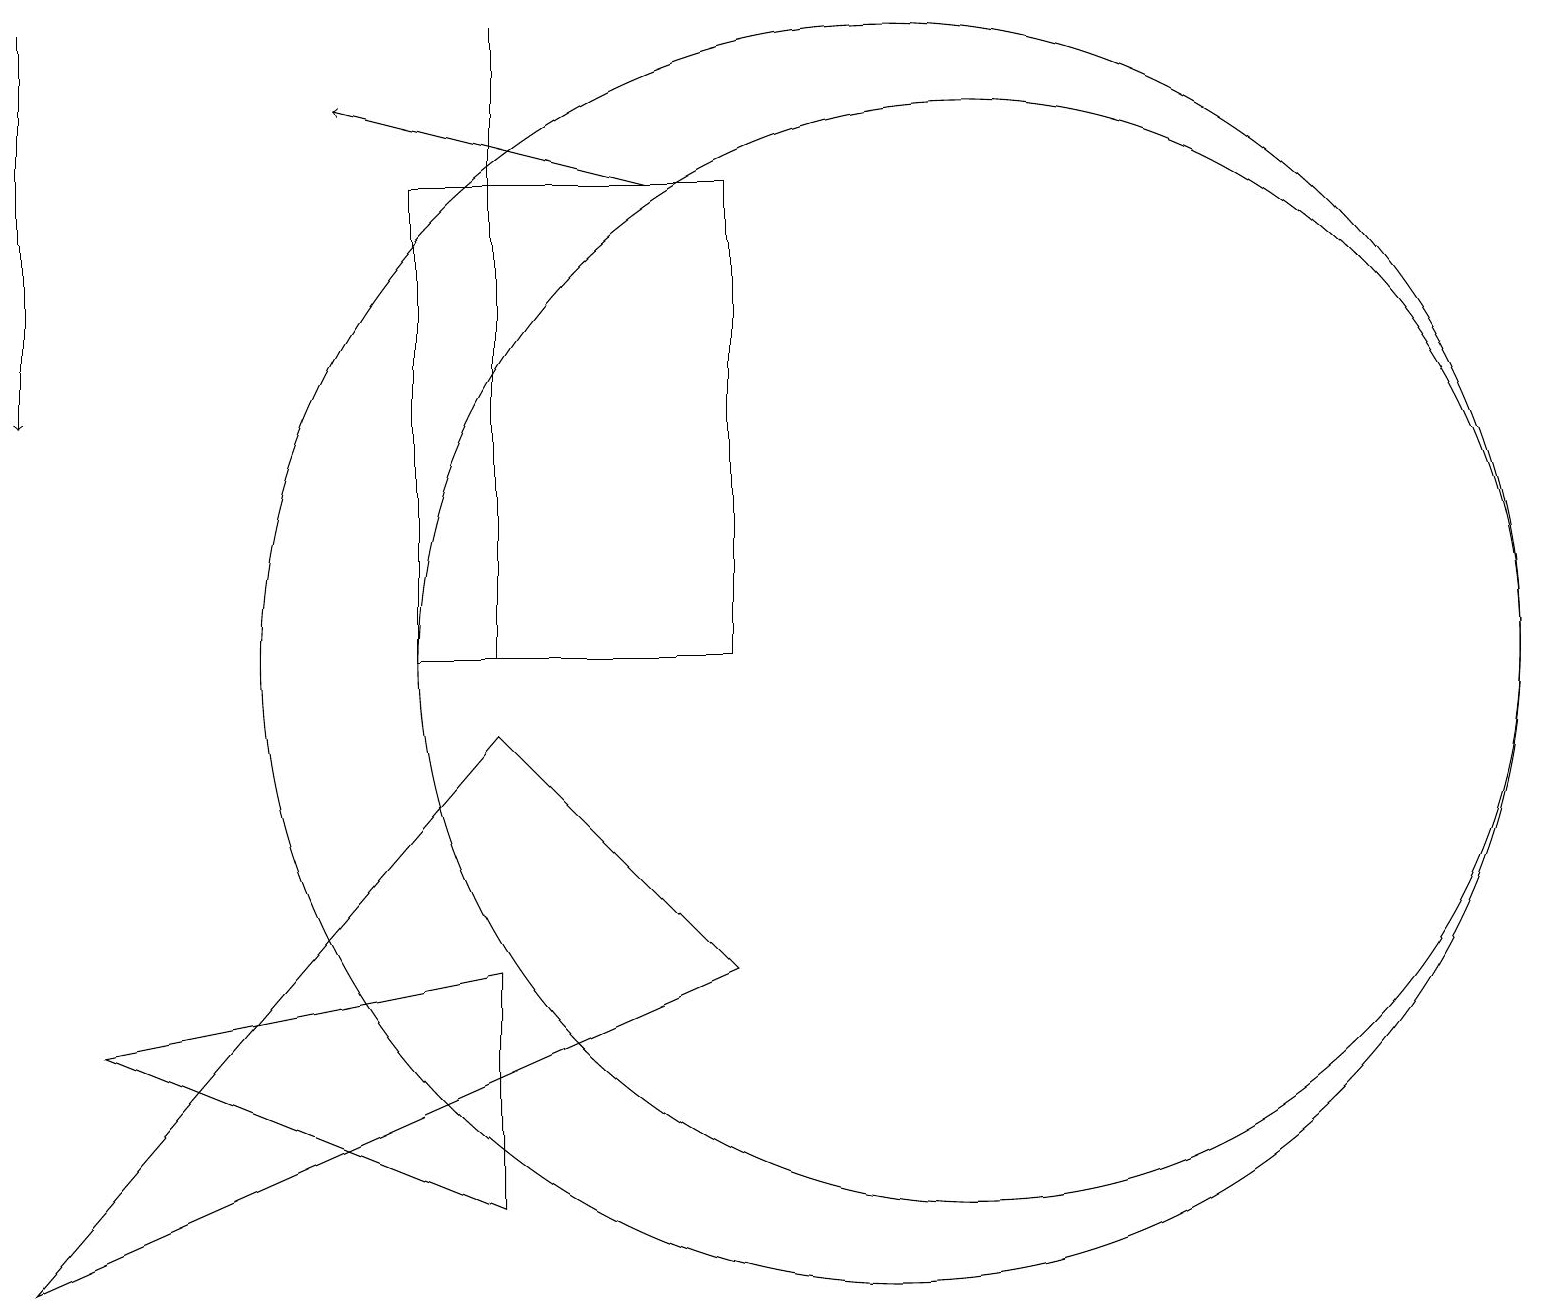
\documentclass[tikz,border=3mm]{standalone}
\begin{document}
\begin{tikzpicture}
\draw (12,10) circle (7);
\draw (6,6) -- (6,3) -- (1,5) -- cycle;
\draw[->] (0,18) -- (0,13);
\draw (5,10) rectangle (9,16);
\draw (0,2) -- (9,6) -- (6,9) -- cycle;
\draw (6,18) rectangle (6,10);
\draw[->] (8,16) -- (4,17);
\draw (11,10) circle (8);
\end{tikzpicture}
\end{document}